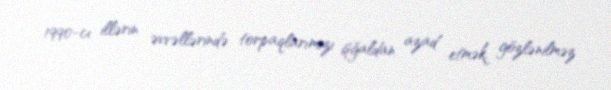
1990-cı illərin əvvəllərində torpaqlarımızı işğaldan azad etmək, gözlənilməz